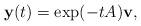
LaTeX: \begin{align*}{\bf y}(t)=\exp(-tA){\bf v},\end{align*}